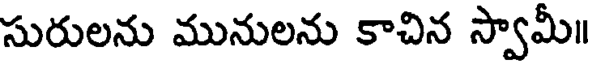
సురులను మునులను కాచిన స్వామీ॥